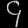
Digit: ၄